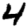
Digit: 4